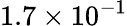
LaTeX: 1.7\times 10^{-1}